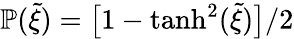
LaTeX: \mathbb{P}(\tilde{\xi})=\big[1-\mathrm{tanh}^{2}(\tilde{\xi})\big]/2